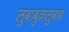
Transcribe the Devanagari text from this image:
लुबाबुल्ललुबाब